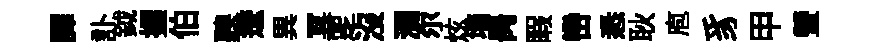
譯訃鉞握伯聽逶異冥覂沒瀰尓炫墙昺睱巒悉耿庖豸甲瑩